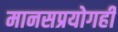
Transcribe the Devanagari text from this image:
मानसप्रयोगही